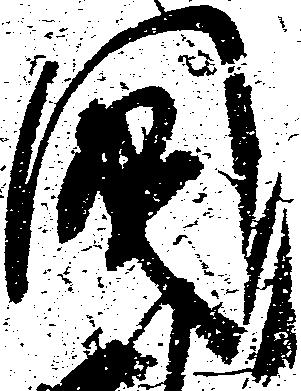
国